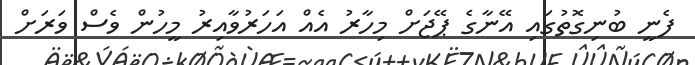
ފެނީ ބުނިގޮތުގައި އޭނާގެ ޕޭޖަށް މިހާރު އެއް އަހަރުވާއިރު މީހުން ވެސް ވަރަށް